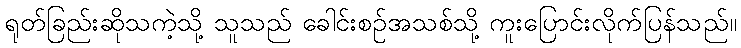
ရုတ်ခြည်းဆိုသကဲ့သို့ သူသည် ခေါင်းစဉ်အသစ်သို့ ကူးပြောင်းလိုက်ပြန်သည်။